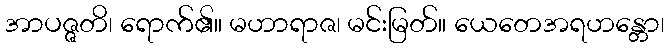
အာပဇ္ဇတိ၊ ရောက်၏။ မဟာရာဇ၊ မင်းမြတ်။ ယေတေအရဟန္တော၊